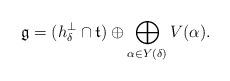
LaTeX: \begin{align*} \mathfrak g = (h_\delta^\perp \cap \mathfrak t) \oplus \bigoplus \limits_{\alpha \in Y(\delta)} V(\alpha).\end{align*}